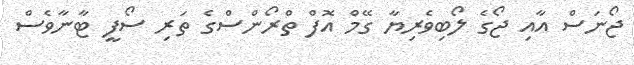
ޖޯނަސް އާއި ޖޯގެ ލޯބިވެރިޔާ ގޭމް އޮފް ތްރޯންސްގެ ތަރި ސޯފީ ޓާނާވެސް